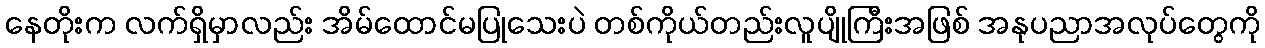
နေတိုးက လက်ရှိမှာလည်း အိမ်ထောင်မပြုသေးပဲ တစ်ကိုယ်တည်းလူပျိုကြီးအဖြစ် အနုပညာအလုပ်တွေကို